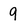
Character: 9